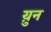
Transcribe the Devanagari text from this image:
य़ुन